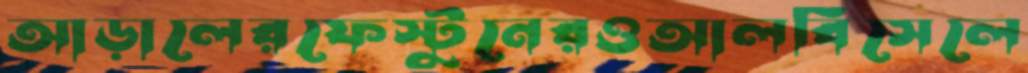
আড়ালেরফেস্টুনেরওআলবিসেলে